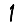
Digit: 1